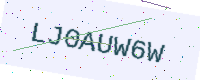
Text: LJ0AUW6W